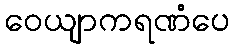
ဝေယျာကရဏံပေ